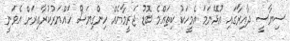
ސިޔާސީ ދާއިރާގައި އުޅޭނަމަ އެމީހަކު ކިތައްމެ ބޮޑު ޖަރީމާއެއް ހިންގިޔަސް ހައްޔަރުކުރާއިރަށް އެވަނީ